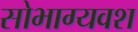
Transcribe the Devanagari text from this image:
सोभाग्यवश